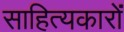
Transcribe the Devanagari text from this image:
साहित्‍यकारों